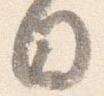
日